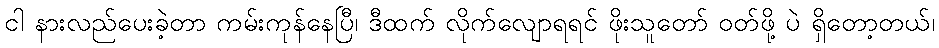
ငါ နားလည်ပေးခဲ့တာ ကမ်းကုန်နေပြီ၊ ဒီထက် လိုက်လျောရရင် ဖိုးသူတော် ဝတ်ဖို့ ပဲ ရှိတော့တယ်၊